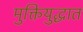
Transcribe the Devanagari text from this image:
मुक्तियुद्धात